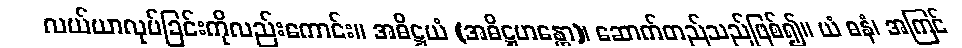
လယ်ယာလုပ်ခြင်းကိုလည်းကောင်း။ အဓိဋ္ဌယံ (အဓိဋ္ဌဟန္တော)၊ ဆောက်တည်သည်ဖြစ်၍။ ယံ ဓနံ၊ အကြင်